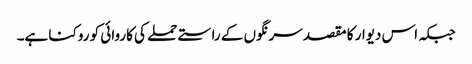
جبکہ اس دیوار کا مقصد سرنگوں کے راستے حملے کی کاروائی کو روکنا ہے۔